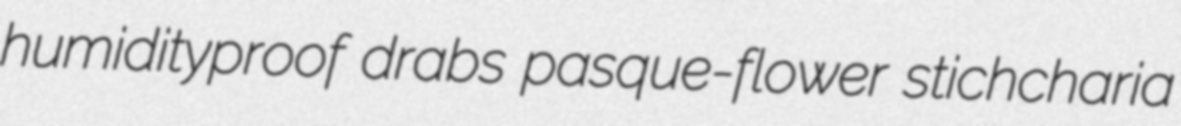
humidityproof drabs pasque-flower stichcharia